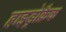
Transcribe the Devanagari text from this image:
हाइड्रोक्रैक